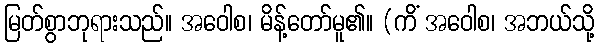
မြတ်စွာဘုရားသည်။ အဝေါစ၊ မိန့်တော်မူ၏။ (ကိံ အဝေါစ၊ အဘယ်သို့